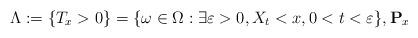
LaTeX: \begin{align*}\Lambda:=\{T_x>0\}=\{\omega\in \Omega: \exists \varepsilon>0, X_t<x, 0<t<\varepsilon\},\mathbf{P}_x\end{align*}